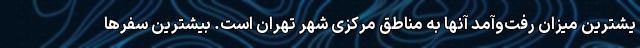
یشترین میزان رفت‌وآمد آنها به مناطق مرکزی شهر تهران است. بیشترین سفرها